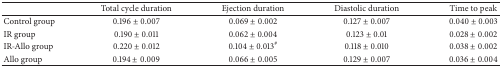
|  | Total cycle duration | Ejection duration | Diastolic duration | Time to peak |
 | --- | --- | --- | --- | --- |
 | Control group | 0.196 ± 0.007 | 0.069 ± 0.002 | 0.127 ± 0.007 | 0.040 ± 0.003 |
 | IR group | 0.190 ± 0.011 | 0.062 ± 0.004 | 0.123 ± 0.01 | 0.028 ± 0.002 |
 | IR-Allo group | 0.220 ± 0.012 | 0.104 ± 0.013# | 0.118 ± 0.010 | 0.038 ± 0.002 |
 | Allo group | 0.194 ± 0.009 | 0.066 ± 0.005 | 0.129 ± 0.007 | 0.036 ± 0.004 |